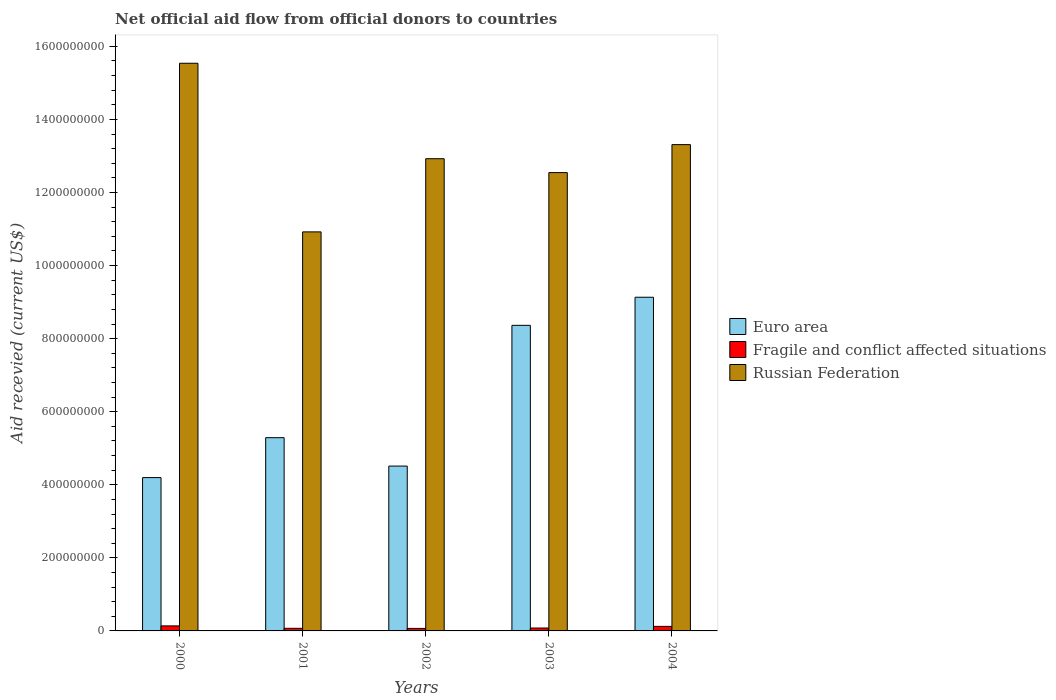
| Years | Euro area | Fragile and conflict affected situations | Russian Federation |
 | --- | --- | --- | --- |
 | 2000 | 4.2e+08 | 1.38e+07 | 1.55e+09 |
 | 2001 | 5.29e+08 | 7.14e+06 | 1.09e+09 |
 | 2002 | 4.51e+08 | 6.88e+06 | 1.29e+09 |
 | 2003 | 8.36e+08 | 7.95e+06 | 1.25e+09 |
 | 2004 | 9.13e+08 | 1.24e+07 | 1.33e+09 |